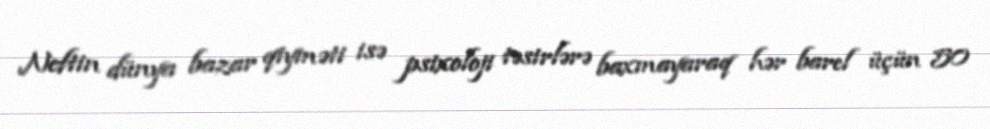
Neftin dünya bazar qiyməti isə psixoloji təsirlərə baxmayaraq hər barel üçün 50